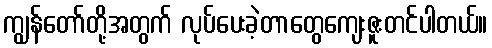
ကျွန်တော်တို့အတွက် လုပ်ပေးခဲ့တာတွေကျေးဇူးတင်ပါတယ်။